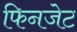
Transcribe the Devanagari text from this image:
फिनजेट